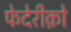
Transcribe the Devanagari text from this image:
फेदेरीक़ो